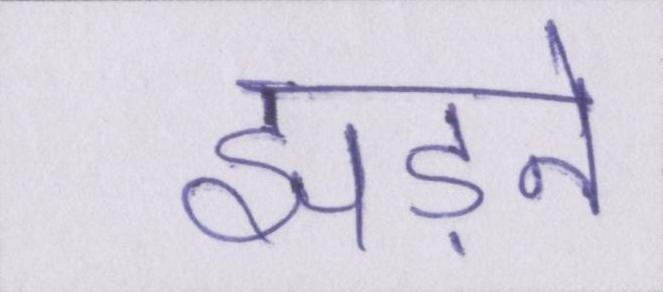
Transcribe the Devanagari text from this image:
झड़ने